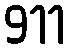
911